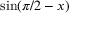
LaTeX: \sin ( \pi / 2 - x )